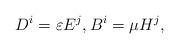
LaTeX: \begin{align*} D^{i} = \varepsilon E^{j}, B^{i} = \mu H^{j},\end{align*}